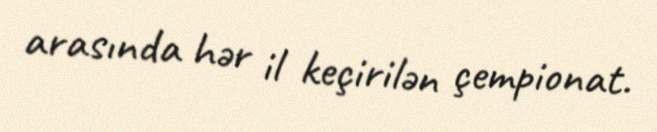
arasında hər il keçirilən çempionat.